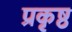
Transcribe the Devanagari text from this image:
प्रकृष्ठ